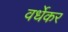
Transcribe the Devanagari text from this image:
वर्धेकर